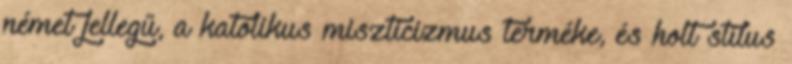
német jellegű, a katolikus miszticizmus terméke, és holt stílus